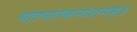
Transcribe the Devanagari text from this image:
महापातकनाशनम्‌॥